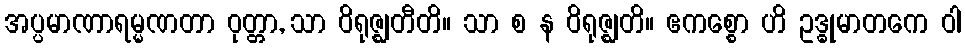
အပ္ပမာဏာရမ္မဏတာ ဝုတ္တာ, သာ ဝိရုဇ္ဈတီတိ။ သာ စ န ဝိရုဇ္ဈတိ။ ဧကစ္စော ဟိ ဥဒ္ဓုမာတကေ ဝါ